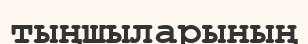
тыңшыларының